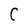
Character: C